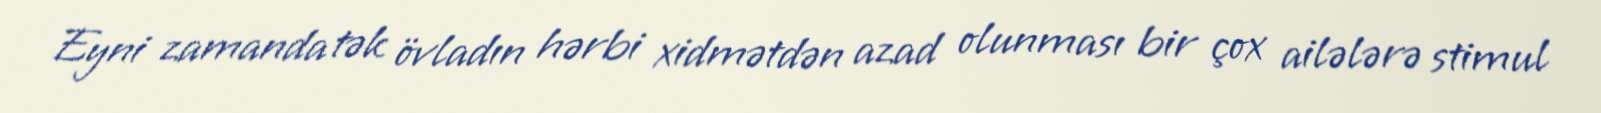
Eyni zamanda tək övladın hərbi xidmətdən azad olunması bir çox ailələrə stimul